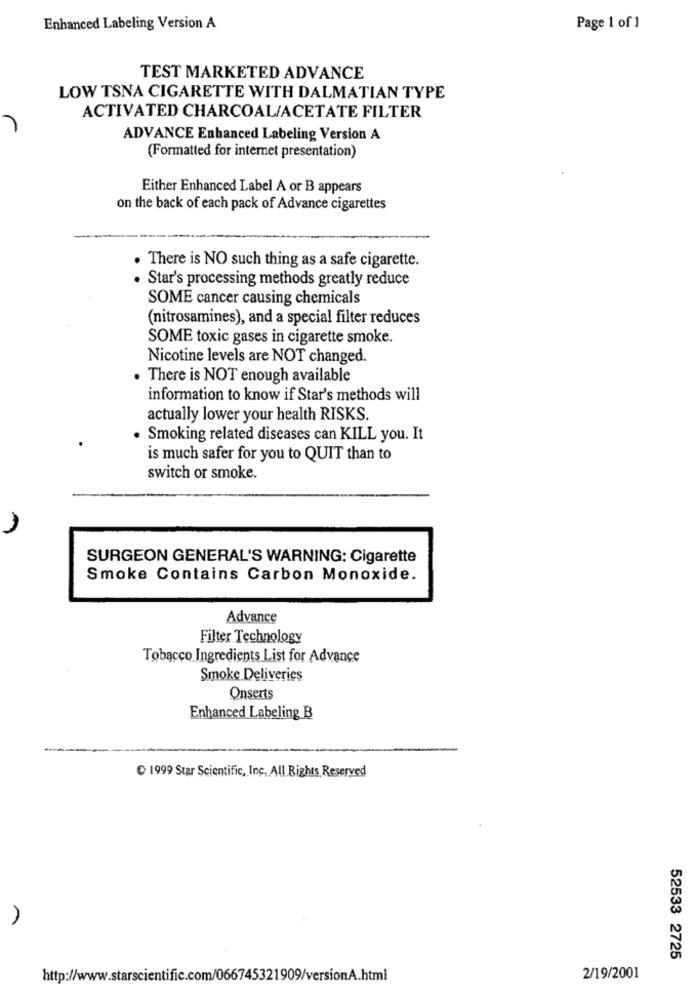
Enhanced Labeling Version A
Page 1 of 1
TEST MARKETED ADVANCE
LOW TSNA CIGARETTE WITH DALMATIAN TYPE
ACTIVATED CHARCOAL/ACETATE FILTER
ADVANCE Enhanced Labeling Version A
(Formatted for internet presentation)
Either Enhanced Label A or B appears
on the back of each pack of Advance cigarettes
. There is NO such thing as a safe cigarette.
· Star's processing methods greatly reduce
SOME cancer causing chemicals
(nitrosamines), and a special filter reduces
SOME toxic gases in cigarette smoke.
Nicotine levels are NOT changed.
. There is NOT enough available
information to know if Star's methods will
actually lower your health RISKS.
· Smoking related diseases can KILL you. It
is much safer for you to QUIT than to
switch or smoke.
SURGEON GENERAL'S WARNING: Cigarette
Smoke Contains Carbon Monoxide.
Advance
Filter Technology
Tobacco Ingredients List for Advance
Smoke Deliveries
Onserts
Enhanced Labeling B
C 1999 Star Scientific, Inc. All Rights Reserved
52533 2725
http://www.starscientific.com/066745321909/versionA.html
2/19/2001